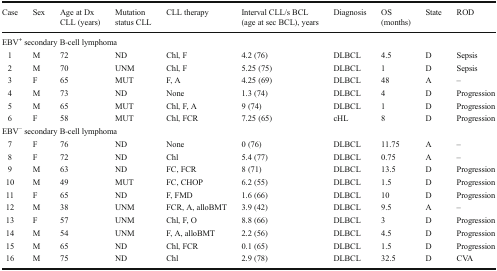
<table><thead><tr><td><b>Case</b></td><td><b>Sex</b></td><td><b>Age at Dx CLL (years)</b></td><td><b>Mutation status CLL</b></td><td><b>CLL therapy</b></td><td><b>Interval CLL/s BCL (age at sec BCL), years</b></td><td><b>Diagnosis</b></td><td><b>OS (months)</b></td><td><b>State</b></td><td><b>ROD</b></td></tr></thead><tbody><tr><td colspan="10">EBV<sup>+</sup> secondary B-cell lymphoma</td></tr><tr><td>1</td><td>M</td><td>72</td><td>ND</td><td>Chl, F</td><td>4.2 (76)</td><td>DLBCL</td><td>4.5</td><td>D</td><td>Sepsis</td></tr><tr><td>2</td><td>M</td><td>70</td><td>UNM</td><td>Chl, F</td><td>5.25 (75)</td><td>DLBCL</td><td>1</td><td>D</td><td>Sepsis</td></tr><tr><td>3</td><td>F</td><td>65</td><td>MUT</td><td>F, A</td><td>4.25 (69)</td><td>DLBCL</td><td>48</td><td>A</td><td>–</td></tr><tr><td>4</td><td>M</td><td>73</td><td>ND</td><td>None</td><td>1.3 (74)</td><td>DLBCL</td><td>4</td><td>D</td><td>Progression</td></tr><tr><td>5</td><td>M</td><td>65</td><td>MUT</td><td>Chl, F, A</td><td>9 (74)</td><td>DLBCL</td><td>1</td><td>D</td><td>Progression</td></tr><tr><td>6</td><td>F</td><td>58</td><td>MUT</td><td>Chl, FCR</td><td>7.25 (65)</td><td>cHL</td><td>8</td><td>D</td><td>Progression</td></tr><tr><td colspan="10">EBV<sup>−</sup> secondary B-cell lymphoma</td></tr><tr><td>7</td><td>F</td><td>76</td><td>ND</td><td>None</td><td>0 (76)</td><td>DLBCL</td><td>11.75</td><td>A</td><td>–</td></tr><tr><td>8</td><td>F</td><td>72</td><td>ND</td><td>Chl</td><td>5.4 (77)</td><td>DLBCL</td><td>0.75</td><td>A</td><td>–</td></tr><tr><td>9</td><td>M</td><td>63</td><td>ND</td><td>FC, FCR</td><td>8 (71)</td><td>DLBCL</td><td>13.5</td><td>D</td><td>Progression</td></tr><tr><td>10</td><td>M</td><td>49</td><td>MUT</td><td>FC, CHOP</td><td>6.2 (55)</td><td>DLBCL</td><td>1.5</td><td>D</td><td>Progression</td></tr><tr><td>11</td><td>F</td><td>65</td><td>ND</td><td>F, FMD</td><td>1.6 (66)</td><td>DLBCL</td><td>10</td><td>D</td><td>Progression</td></tr><tr><td>12</td><td>M</td><td>38</td><td>UNM</td><td>FCR, A, alloBMT</td><td>3.9 (42)</td><td>DLBCL</td><td>9.5</td><td>A</td><td>–</td></tr><tr><td>13</td><td>F</td><td>57</td><td>UNM</td><td>Chl, F, O</td><td>8.8 (66)</td><td>DLBCL</td><td>3</td><td>D</td><td>Progression</td></tr><tr><td>14</td><td>M</td><td>54</td><td>UNM</td><td>F, A, alloBMT</td><td>2.2 (56)</td><td>DLBCL</td><td>4.5</td><td>D</td><td>Progression</td></tr><tr><td>15</td><td>M</td><td>65</td><td>ND</td><td>Chl, FCR</td><td>0.1 (65)</td><td>DLBCL</td><td>1.5</td><td>D</td><td>Progression</td></tr><tr><td>16</td><td>M</td><td>75</td><td>ND</td><td>Chl</td><td>2.9 (78)</td><td>DLBCL</td><td>32.5</td><td>D</td><td>CVA</td></tr></tbody></table>